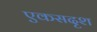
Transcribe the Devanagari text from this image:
एकसदृश